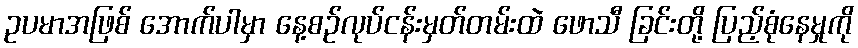
ဥပမာအဖြစ် အောက်ပါမှာ နေ့စဉ်လုပ်ငန်းမှတ်တမ်းထဲ ဖောသီ ခြင်းတို့ ပြည့်စုံနေမှုကို